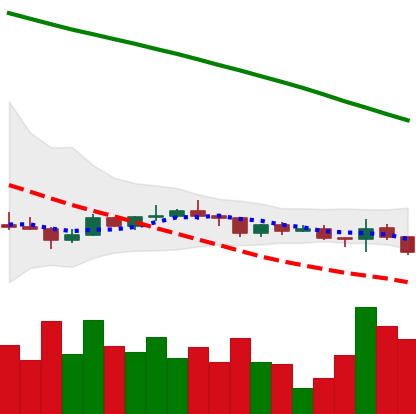
Ticker: ADA-USD
Chart end date: 2022-12-15
Forward return: -13.722%
Label: down_7plus